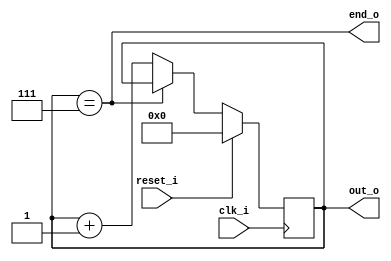
// 4 bit modular counter with sync reset and end signal.
module counter (
    input clk_i,
    input reset_i,  // sync back to 0, active high
    output [3:0] out_o,
    output end_o
);

    localparam MAXVALUE = 7;

    reg [3:0] counter;

    assign end_o = (counter == MAXVALUE);
    assign out_o = counter;

    always @(posedge clk_i) begin
        if (reset_i) counter <= 0;

        else if (!end_o)
            counter <= counter + 1'b1;
    end

endmodule